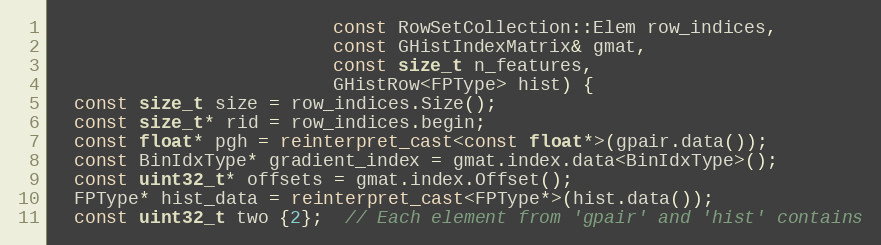
Language: C++
                          const RowSetCollection::Elem row_indices,
                          const GHistIndexMatrix& gmat,
                          const size_t n_features,
                          GHistRow<FPType> hist) {
  const size_t size = row_indices.Size();
  const size_t* rid = row_indices.begin;
  const float* pgh = reinterpret_cast<const float*>(gpair.data());
  const BinIdxType* gradient_index = gmat.index.data<BinIdxType>();
  const uint32_t* offsets = gmat.index.Offset();
  FPType* hist_data = reinterpret_cast<FPType*>(hist.data());
  const uint32_t two {2};  // Each element from 'gpair' and 'hist' contains